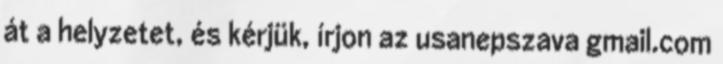
át a helyzetet, és kérjük, írjon az usanepszava gmail.com